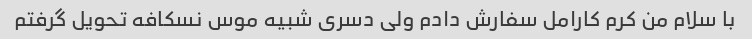
با سلام من کرم کارامل سفارش دادم ولی دسری شبیه موس نسکافه تحویل گرفتم